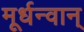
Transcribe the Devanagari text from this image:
मूर्धन्वान्‌